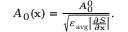
\begin{array} { r } { A _ { 0 } ( \mathbf { x } ) = \frac { A _ { 0 } ^ { 0 } } { \sqrt { \varepsilon _ { \mathrm { a v g } } \left| \frac { \partial S } { \partial \mathbf { x } } \right| } } . } \end{array}